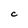
Character: C